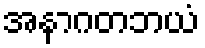
အနာဂတဘယံ